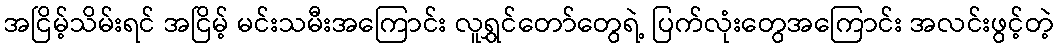
အငြိမ့်သိမ်းရင် အငြိမ့် မင်းသမီးအကြောင်း လူရွှင်တော်တွေရဲ့ ပြက်လုံးတွေအကြောင်း အလင်းဖွင့်တဲ့